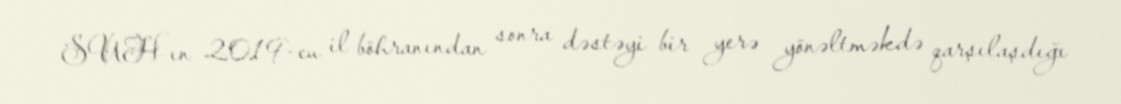
SUH-ın 2019-cu il böhranından sonra dəstəyi bir yerə yönəltməkdə qarşılaşdığı